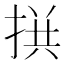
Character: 𢮪